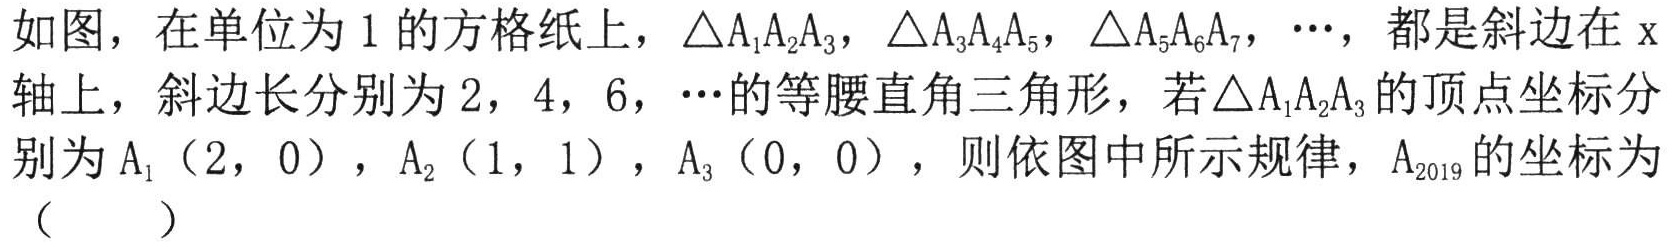
如图，在单位为\(1\)的方格纸上，\(\triangle A_{1}A_{2}A_{3}\)，\(\triangle A_{3}A_{4}A_{5}\)，\(\triangle A_{5}A_{6}A_{7}\)，\(\cdots\)，都是斜边在\(x\)轴上，斜边长分别为\(2\)，\(4\)，\(6\)，\(\cdots\)的等腰直角三角形，若\(\triangle A_{1}A_{2}A_{3}\)的顶点坐标分别为\(A_{1}(2,0)\)，\(A_{2}(1,1)\)，\(A_{3}(0,0)\)，则依图中所示规律，\(A_{2019}\)的坐标为（  ）